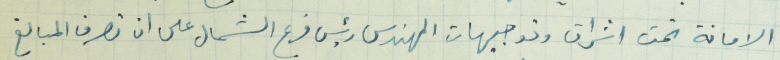
الامانة تحت اشراف وتوجيهات المهندس رئيس فرع الشمال على لن تصرف المبالغ